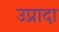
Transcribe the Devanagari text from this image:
उप्रादा